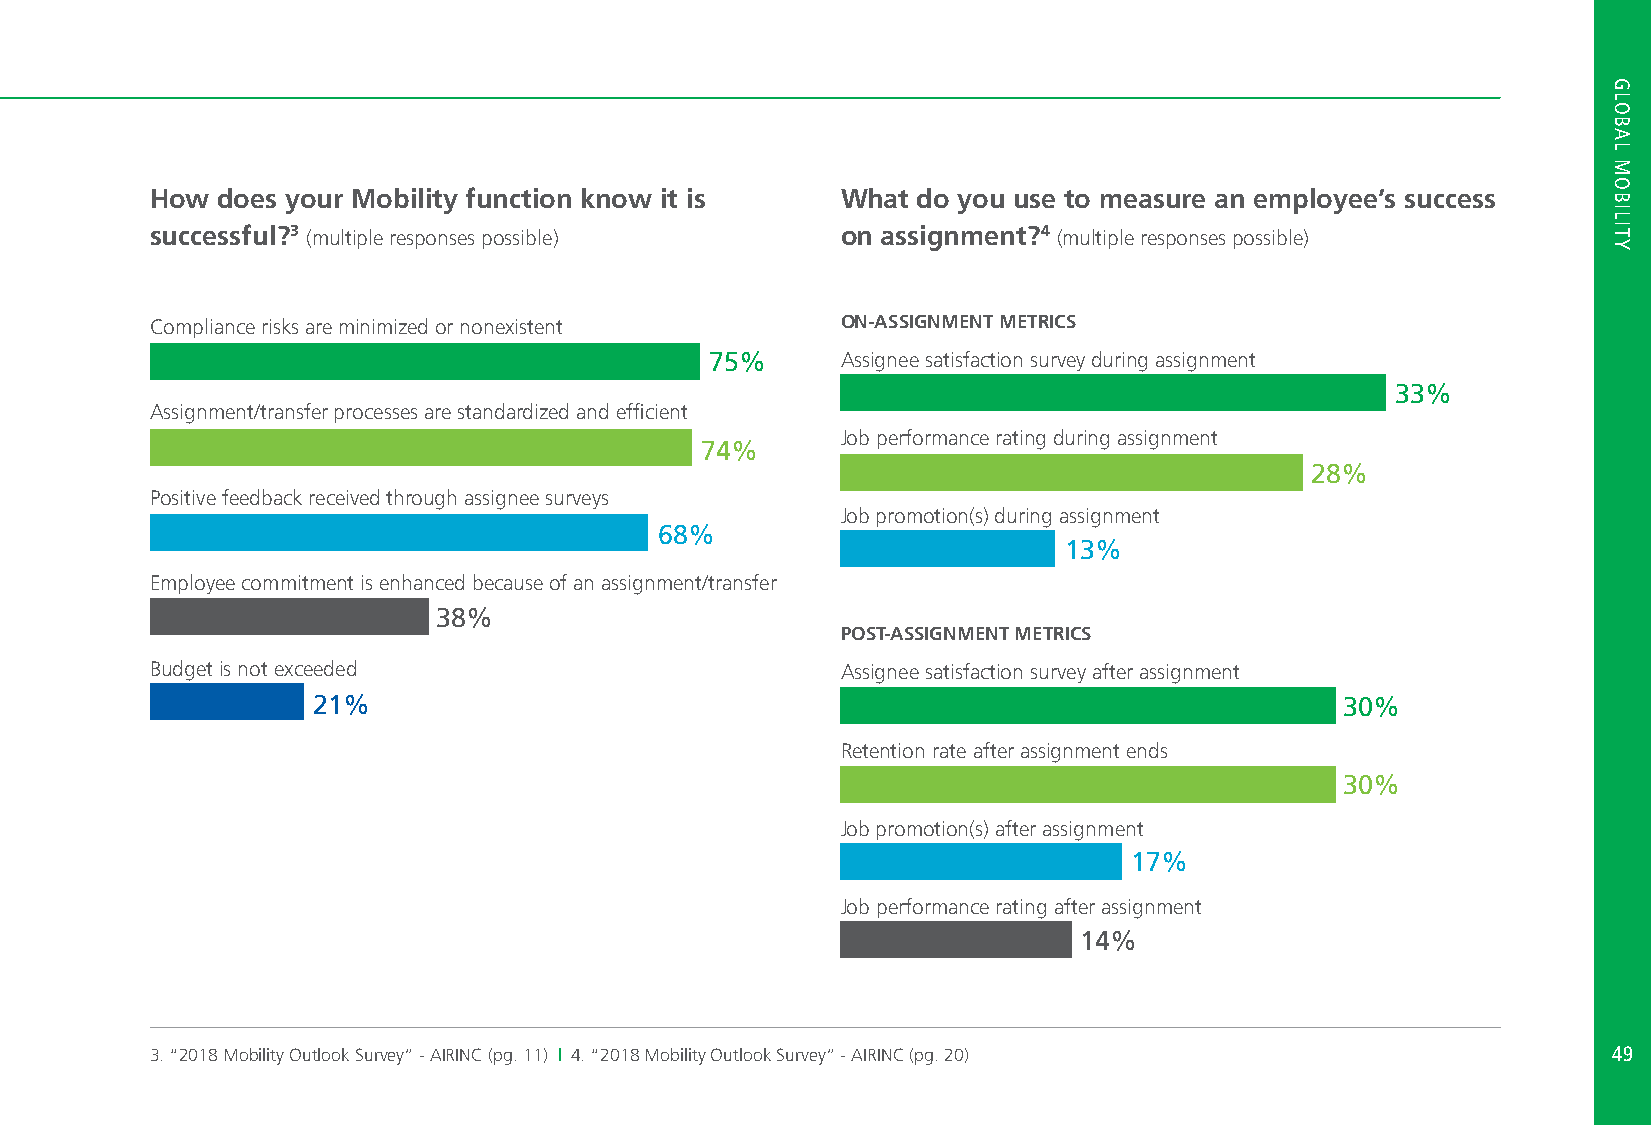
How does your Mobility function know it is    What do you use to measure an employee’s success
 successful?3 (multiple responses possible)    on assignment?4 (multiple responses possible)
 Compliance risks are minimized or nonexistent ON-ASSIGNMENT METRICS
 75%      Assignee satisfaction survey during assignment
 33%
 Assignment/transfer processes are standardized and efficient
 Job performance rating during assignment
 74%
 28%
 Positive feedback received through assignee surveys
 Job promotion(s) during assignment
 68%
 13%
 Employee commitment is enhanced because of an assignment/transfer
 38%
 POST-ASSIGNMENT METRICS
 Budget is not exceeded                        Assignee satisfaction survey after assignment
 21%                                                                 30%
 Retention rate after assignment ends
 30%
 Job promotion(s) after assignment
 17%
 Job performance rating after assignment
 14%
 3. “2018 Mobility Outlook Survey” - AIRINC (pg. 11) | 4. “2018 Mobility Outlook Survey” - AIRINC (pg. 20) 4499
 HGRLO
 HBOATL
 TMOOPIBCISL
 ITY